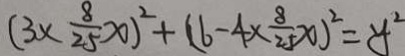
( 3 \times \frac { 8 } { 2 5 } x ) ^ { 2 } + ( 6 - 4 \times \frac { 8 } { 2 5 } x ) ^ { 2 } = y ^ { 2 }